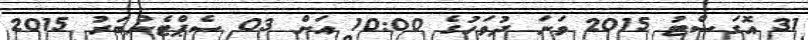
31 އޮގަސްޓު 2015 ވަނަ ދުވަހުގެ 10:00 އަށް 03 ސެޕްޓެންބަރު 2015